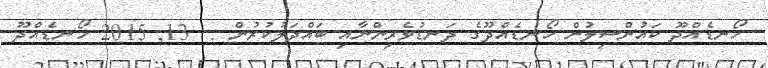
ހޯނޑެއްދޫ ކައުންސިލުން ހޯނޑެއްދޫގެ ދަނޑުވެރިންނާއި ބައްދަލުކުރުން :  13